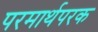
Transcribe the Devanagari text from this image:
परमार्थपरक